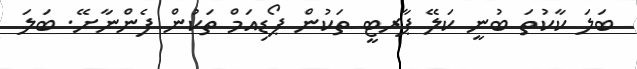
ބަލަ ކާކުތަ ބުނީ ކަލޭ ޕާރޓީ ތަކުން ޕޯޑިއަމް ތަކުން ފެންނާށޭ. ބަލަ